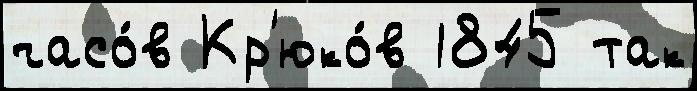
часо́в Кр'юко́в 1845 так